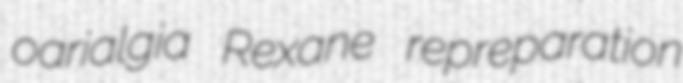
oarialgia Rexane repreparation